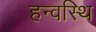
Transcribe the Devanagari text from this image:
हन्वस्थि